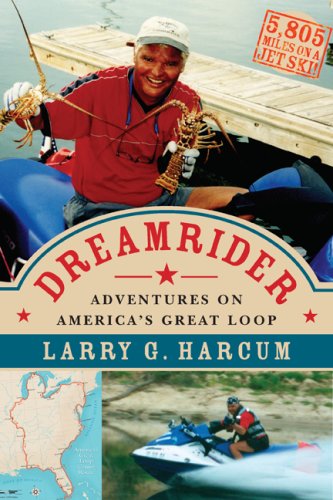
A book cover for Dreamrider: Adventures on America's Great Loop; Larry G. Harcum; Travel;